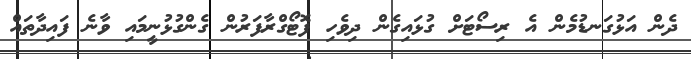
ދެން އަޅުގަނޑުމެން އެ ރިސޯޓަށް ގުޅައިގެން ދިވެހި ފޮޓޯގްރާފަރުން ގެންގުޅުނީމައި ވާނެ ފައިދާތައް